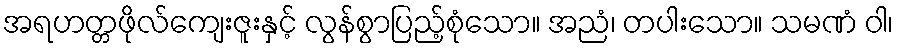
အရဟတ္တဖိုလ်ကျေးဇူးနှင့် လွန်စွာပြည့်စုံသော။ အညံ၊ တပါးသော။ သမဏံ ဝါ၊